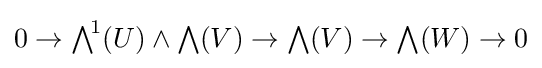
0\to {\textstyle \bigwedge }^{\!1}(U)\wedge {\textstyle \bigwedge }(V)\to {\textstyle \bigwedge }(V)\to {\textstyle \bigwedge }(W)\to 0